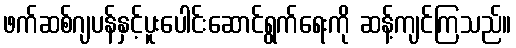
ဖက်ဆစ်ဂျပန်နှင့်ပူးပေါင်းဆောင်ရွက်ရေးကို ဆန့်ကျင်ကြသည်။